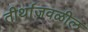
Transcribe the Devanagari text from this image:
तीर्थाजवळील